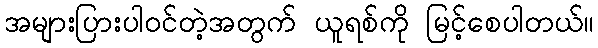
အများပြားပါဝင်တဲ့အတွက် ယူရစ်ကို မြင့်စေပါတယ်။